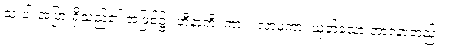
သုံးပါးအပြားရှိသည်၏ အဖြစ်၌။ ဟီနာတိ၊ ကား။ လာမကာ၊ ယုတ်သော ဘာဝနာတည်း။